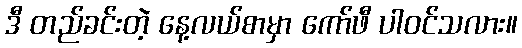
ဒီ တည်ခင်းတဲ့ နေ့လယ်စာမှာ ကော်ဖီ ပါဝင်သလား။